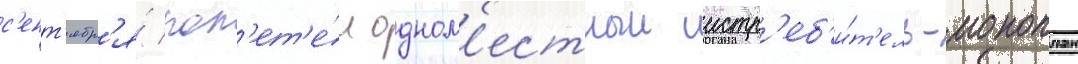
с'ент'ябр'я́ пол'ет'е́л одном'естныи истр'еб'и́т'ель-моноплан